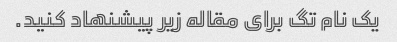
یک نام تگ برای مقاله زیر پیشنهاد کنید.